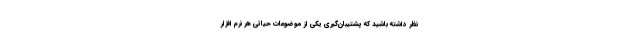
نظر داشته باشید که پشتیبان‌گیری یکی از موضوعات حیاتی هر نرم افزار